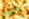
القس